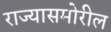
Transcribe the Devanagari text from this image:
राज्यासमोरील